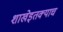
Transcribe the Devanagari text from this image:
शाखेइतक्याच